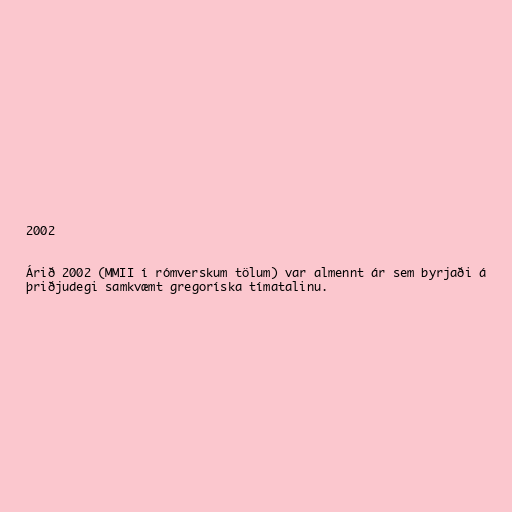
2002

Árið 2002 (MMII í rómverskum tölum) var almennt ár sem byrjaði á
þriðjudegi samkvæmt gregoríska tímatalinu.